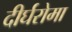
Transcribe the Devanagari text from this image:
दीर्घरोमा